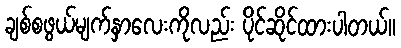
ချစ်စဖွယ်မျက်နှာလေးကိုလည်း ပိုင်ဆိုင်ထားပါတယ်။